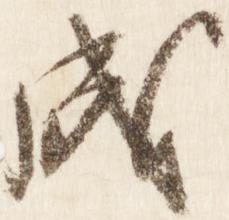
成